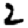
Digit: 2